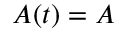
A ( t ) = A